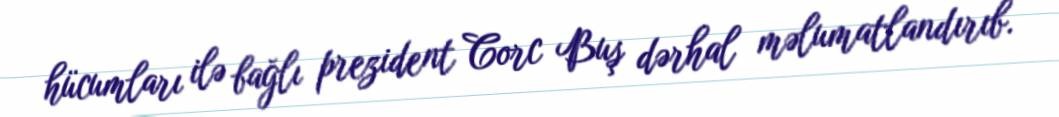
hücumları ilə bağlı prezident Corc Buş dərhal məlumatlandırıb.